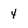
Character: 4